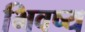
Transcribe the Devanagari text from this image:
भिवष्य